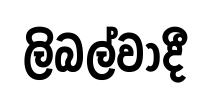
ලිබල්වාදී